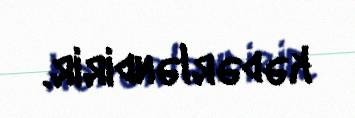
kədərləndirir.